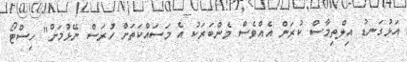
އަޅުގަނޑު އިލްތިމާސް ކުރަން އެއްވެސް މެންބަރަކު އެ މަސައްކަތަށް ހުރަސް ނޭޅުމަށް" ހިސްޓޯ